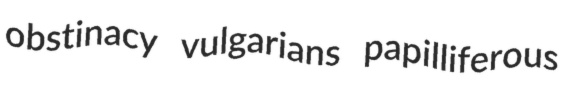
obstinacy vulgarians papilliferous